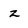
Character: z